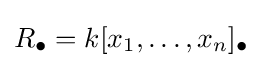
R_{\bullet }=k[x_{1},\ldots ,x_{n}]_{\bullet }